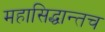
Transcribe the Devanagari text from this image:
महासिद्धान्तच